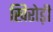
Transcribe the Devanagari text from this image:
खिरोड़ी